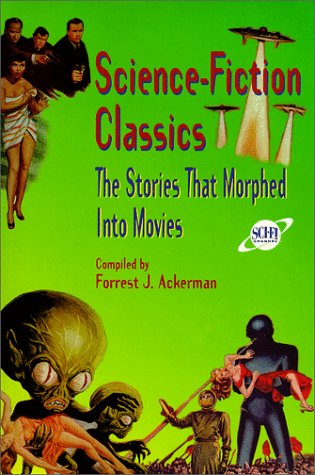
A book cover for Science-Fiction Classics: The Stories That Morphed Into Movies; Humor & Entertainment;